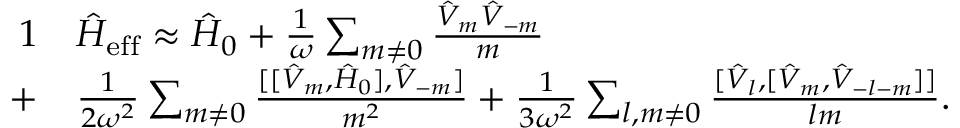
\begin{array} { r l } { { 1 } } & { { } \hat { H } _ { \mathrm { e f f } } \approx \hat { H } _ { 0 } + \frac { 1 } { \omega } \sum _ { m \neq 0 } \frac { \hat { V } _ { m } \hat { V } _ { - m } } { m } } \\ { + } & { { } \frac { 1 } { 2 \omega ^ { 2 } } \sum _ { m \neq 0 } \frac { [ [ \hat { V } _ { m } , \hat { H } _ { 0 } ] , \hat { V } _ { - m } ] } { m ^ { 2 } } + \frac { 1 } { 3 \omega ^ { 2 } } \sum _ { l , m \neq 0 } \frac { [ \hat { V } _ { l } , [ \hat { V } _ { m } , \hat { V } _ { - l - m } ] ] } { l m } . } \end{array}